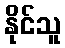
နိုင်သူ